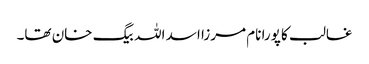
غالب کا پورا نام مرزا اسد اللہ بیگ خان تھا۔